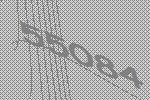
55084